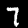
Digit: 7